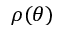
\rho ( \theta )